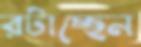
রটাচ্ছেন